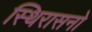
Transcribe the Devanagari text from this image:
स्थिरासनो